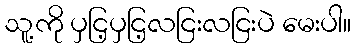
သူ့ကို ပှငြ့ပှငြ့လငြးလငြးပဲ မေးပါ။